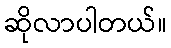
ဆိုလာပါတယ်။